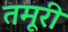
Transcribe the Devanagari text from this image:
तमूरी